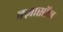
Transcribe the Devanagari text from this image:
बज़ासॉन